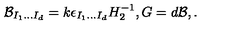
{ \cal B } _ { I _ { 1 } . . . I _ { d } } = k \epsilon _ { I _ { 1 } . . . I _ { d } } H _ { 2 } ^ { - 1 } , G = d { \cal B } , .